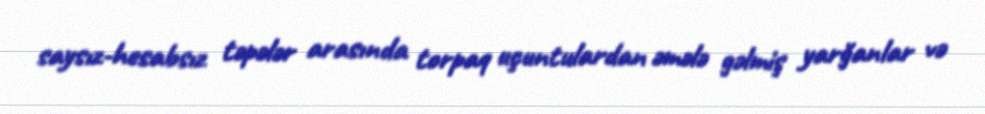
saysız-hesabsız təpələr arasında torpaq uçuntulardan əmələ gəlmiş yarğanlar və